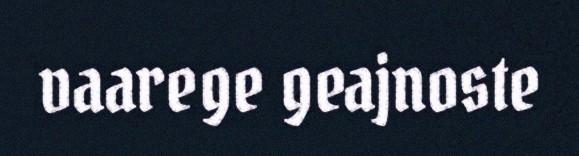
vaarege geajnoste